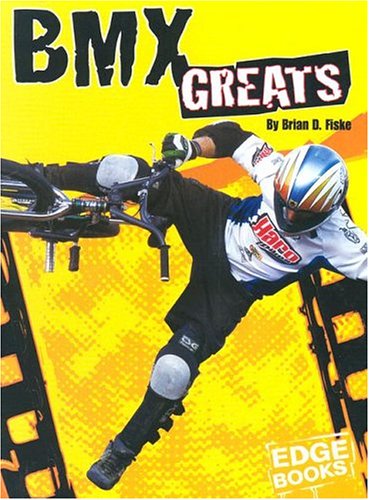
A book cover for BMX Greats (BMX Extreme); Brian D. Fiske; Children's Books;